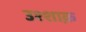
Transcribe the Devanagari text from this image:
उश्शाक़